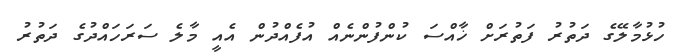
ހުޅުމާލޭގެ ދަތުރު ފަތުރަށް ޚާއްސަ ކުންފުންނެއް އުފެއްދުން އެއީ މާލެ ސަރަހައްދުގެ ދަތުރު